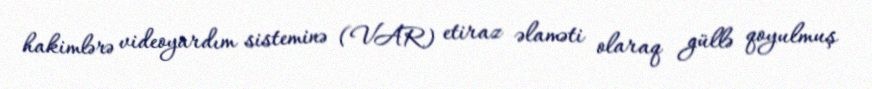
hakimlərə videoyardım sisteminə (VAR) etiraz əlaməti olaraq güllə qoyulmuş